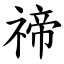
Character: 禘